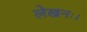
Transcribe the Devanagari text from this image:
लेखनः।